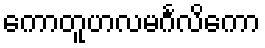
ကောတူဟလမင်္ဂလိကော